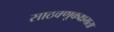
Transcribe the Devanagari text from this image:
साठवणूकक्षमता